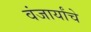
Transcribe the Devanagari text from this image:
वंजार्यांचे